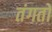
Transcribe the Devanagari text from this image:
तंगतों